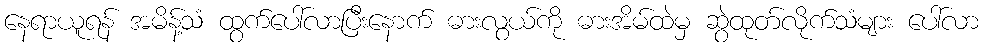
နေရာယူရန် အမိန့်သံ ထွက်ပေါ်လာပြီးနောက် ဓားလွယ်ကို ဓားအိမ်ထဲမှ ဆွဲထုတ်လိုက်သံများ ပေါ်လာ